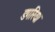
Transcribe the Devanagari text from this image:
डगरिया